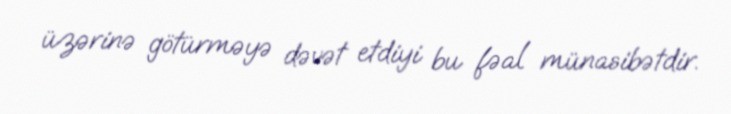
üzərinə götürməyə dəvət etdiyi bu fəal münasibətdir.